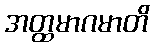
အတ္ထမာဂမာတိ